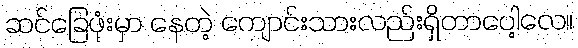
ဆင်ခြေဖုံးမှာ နေတဲ့ ကျောင်းသားလည်းရှိတာပေါ့လေ။